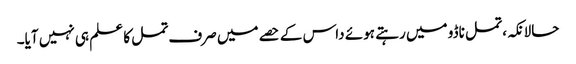
حالانکہ، تمل ناڈو میں رہتے ہوئے داس کے حصے میں صرف تمل کا علم ہی نہیں آیا۔